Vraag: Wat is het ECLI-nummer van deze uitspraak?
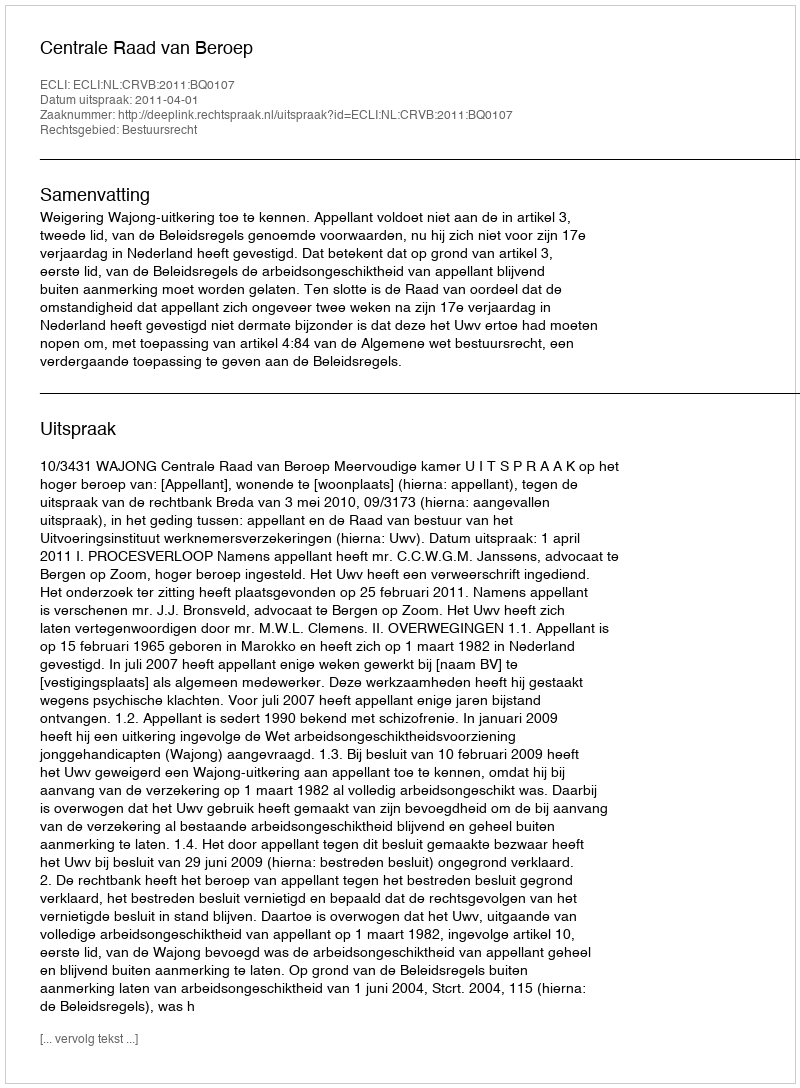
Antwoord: ECLI:NL:CRVB:2011:BQ0107